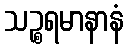
သဉ္စရမာနာနံ